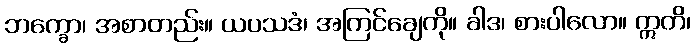
ဘက္ခော၊ အစာတည်း။ ယပသဒံ၊ အကြင်ချေကို။ ခါဒ၊ စားပါလော။ ဣတိ၊